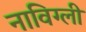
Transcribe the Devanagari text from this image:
नाविग्ली